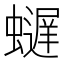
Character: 𫋢